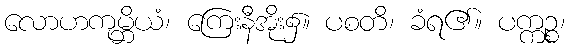
လောဟကုမ္ဘိယံ၊ ကြေးနီအိုး၌။ ပစတိ၊ ခံရ၏။ ပက္ကဉ္စ၊